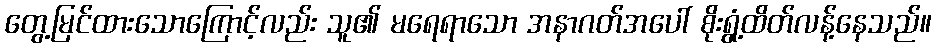
တွေ့မြင်ထားသောကြောင့်လည်း သူ၏ မရေရာသော အနာဂတ်အပေါ် စိုးရွံ့ထိတ်လန့်နေသည်။